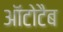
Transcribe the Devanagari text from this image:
ऑटोटैब